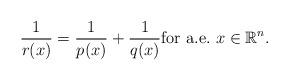
LaTeX: \begin{align*}\dfrac{1}{r(x)} = \dfrac{1}{p(x)} + \dfrac{1}{q(x)} \mbox{for a.e.} \ x\in \mathbb{R}^{n}.\end{align*}